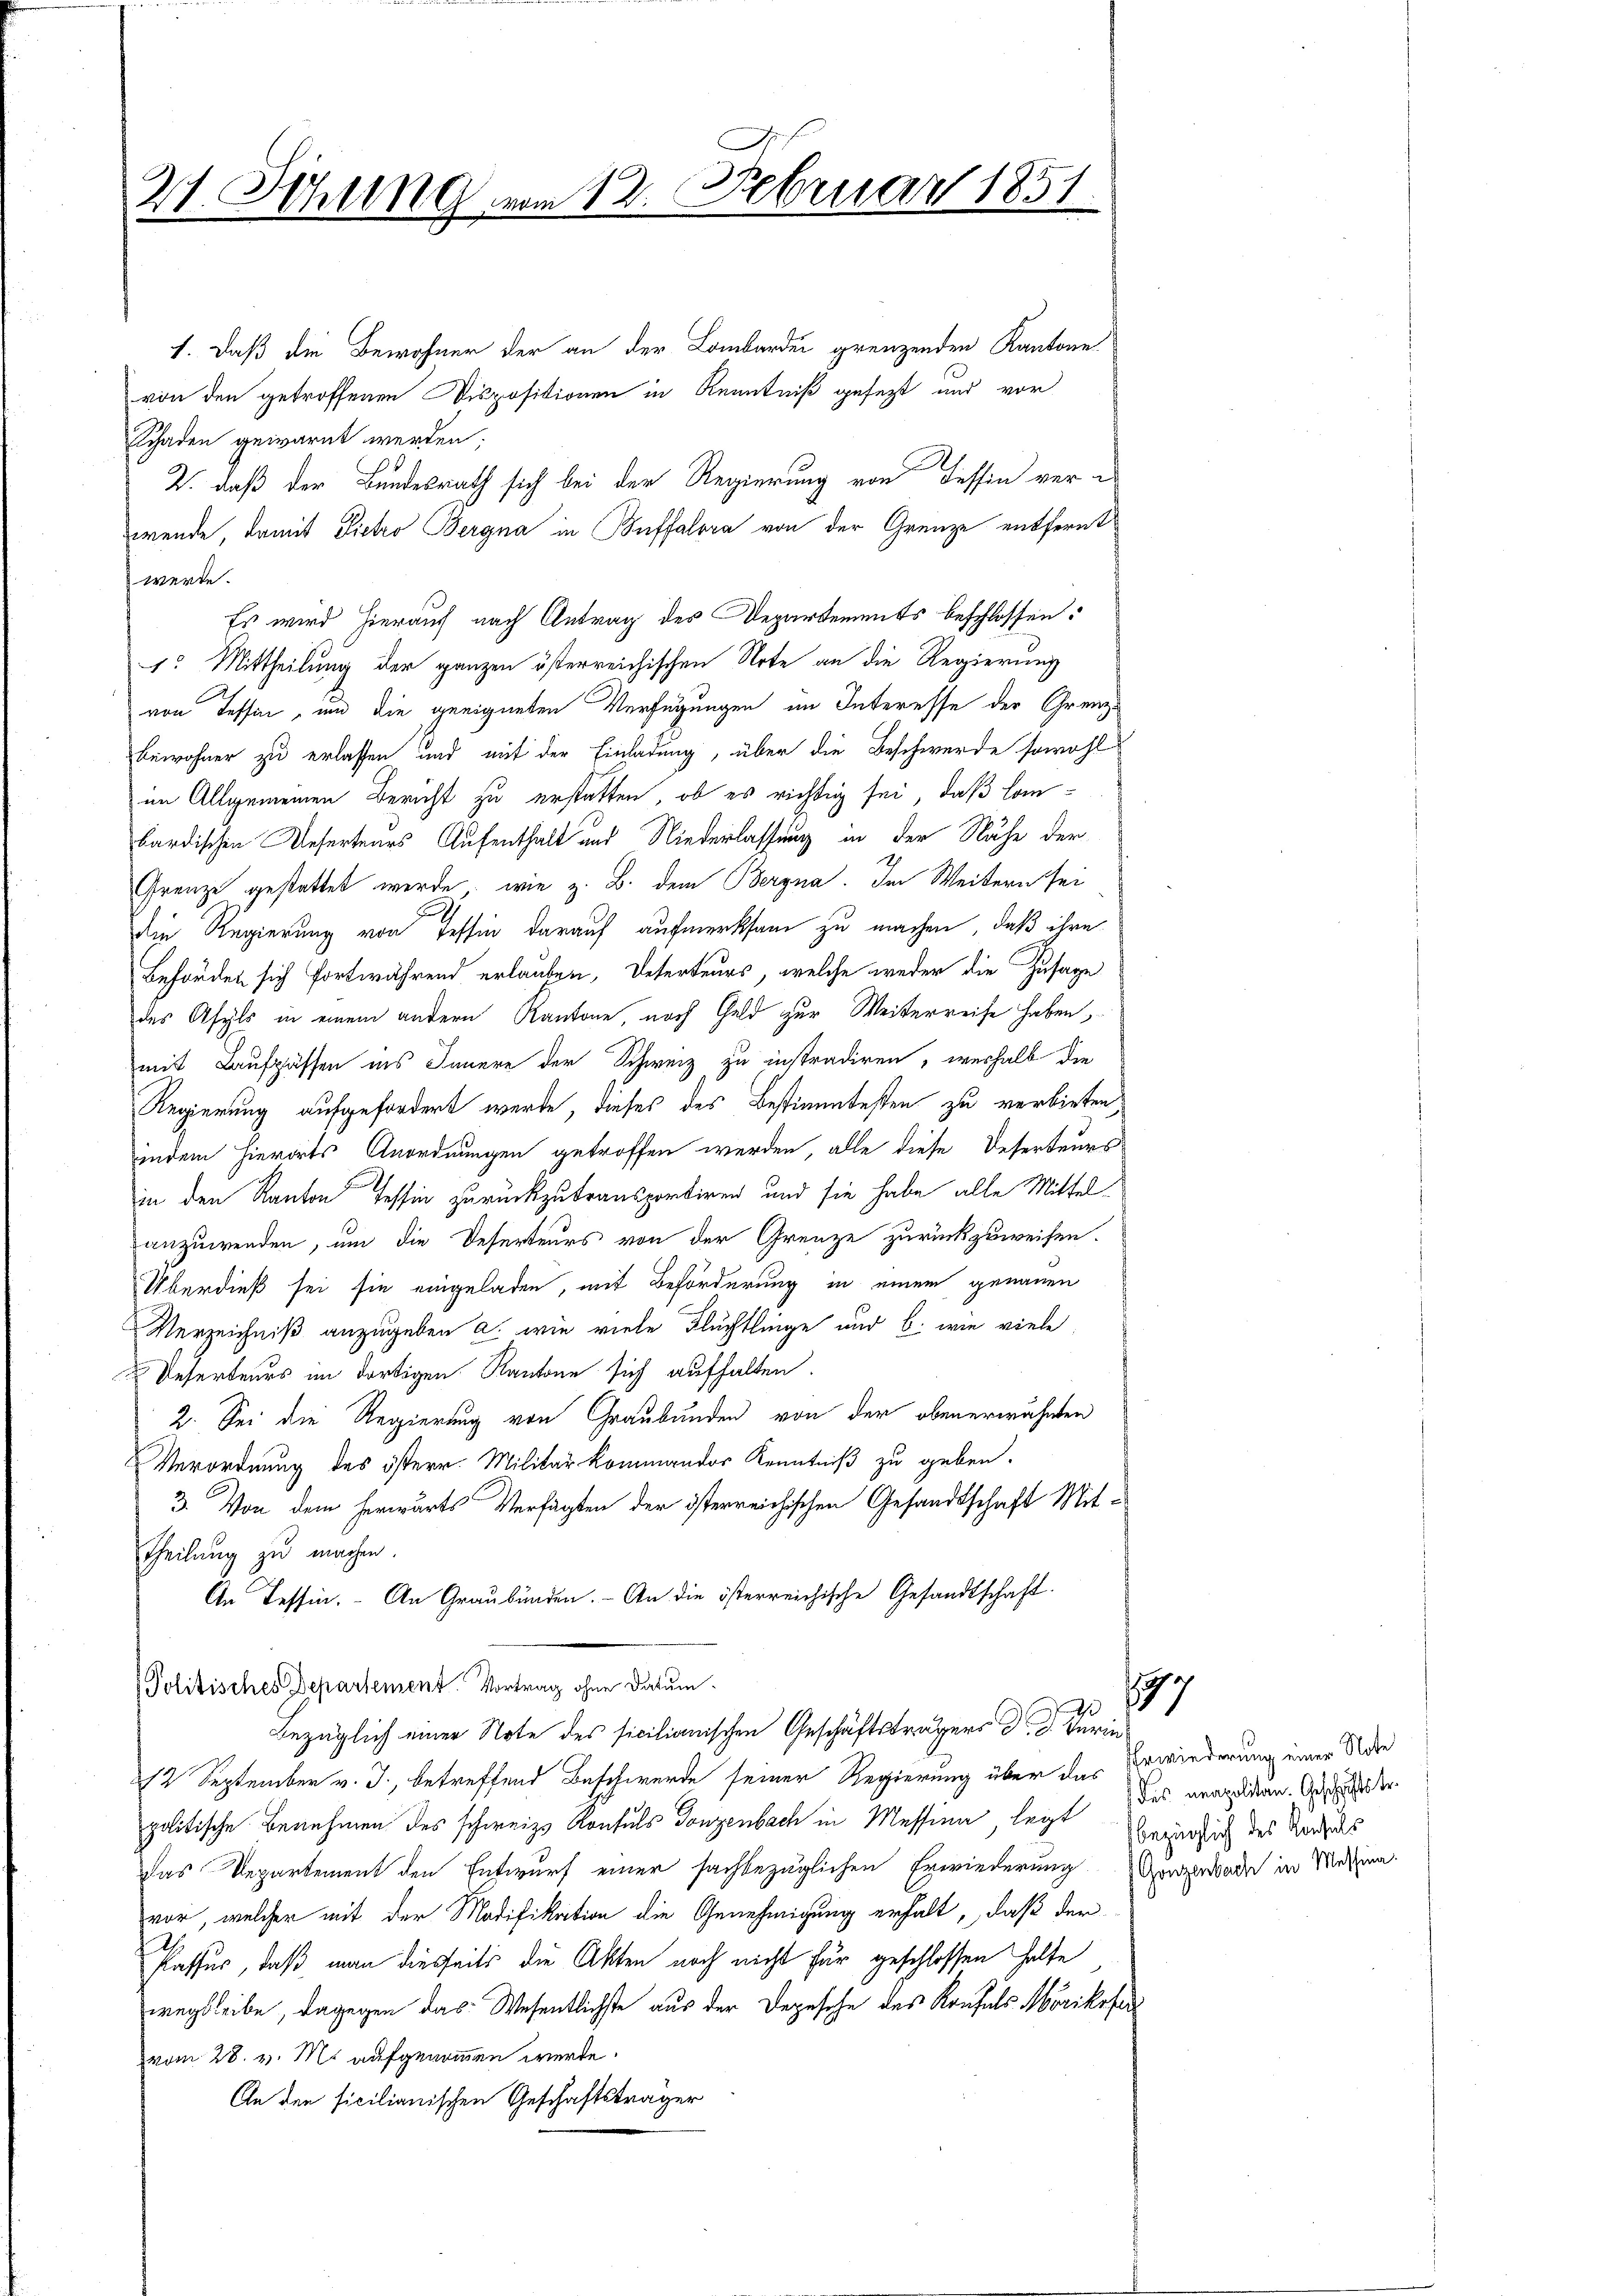
¬
27. Schling vom 12. Februar 1851.

1. Daß die Bewohner der an der Lombarden grenzenden Kantone
von den getroffenen Dispositionen in Kenntniß gefest und vor
Schaden gewarnt werden;
2. daß der Bundesrath sich bei der Regierung von Tessin vor e
wende, damit Pietro Bergna in Auffalora von der Grenze entfernt
werde.
Es wird hierauf nach Antrag des Departements beschlossen:
1. Mittheilung der ganzen österreichischen Note an die Regierung
von Tessin, und die geeigneten Verfügungen im Interesse der Grenzbewohner zu erlassen und mit der Einladung, über die Beschwerde sowohl
im Allgemeinen Bericht zu erstatten, ob es richtig sei, daß lanbardischen Reserteurs Aufenthalt und Niederlassung in der Nähe der
Grenze gestattet werde, wie z. B. dem Bergna. Im Weitern sei
Die Regierung von Tessin darauf aufmerksam zu machen, daß ihre
Behörden sich fortwährend erlauben, Deterteurs, welche weder die Zusage
des Asyls in einem andern Kantone, nach Geld zur Weiterreise haben,
mit Laufpässen ins Innere der Schweiz zu instradiren, weshalb die
Regierung aufgefordert werde, dieses des Bestimmtesten zu verbieten,
indem hierorts Anordnungen getroffen werden, alle diese Deserteurs
in den Kanton Tessin zurückzutransportiren, und sie habe alle Mittelanzuwenden, um die Reserteurs von der Grenze zurückzuweisen.
Überdieß sei sie eingeladen, mit Beförderung in einem genauen
Verzeichniß anzugeben a. wie viele Flüchtlinge und b. wie viele
Deserteurs im dortigen Kantone sich aufhalten.
2. Sei die Regierung von Graubünden von der obenerwähnten
Verordnung des österr. Militärkommendor Kenntniß zu geben.
3. Von dem herwärts Verfügten der österreichischen Gesandtschaft Mit-
Theilung zu machen.
An Tessin. An Graubünden. - An die österreichische Gesandtschaft.
Politisches Departement Vortrag ohne Datumbezüglich einer Note des ficilianischen Geschäftsträgers Dr. d. Ferie
12 September v. J., betreffend Beschwerde seiner Regierung über das Erwiederung einer Note
politische Benehmen des schweiz. Konsuls Gonzenbach in Messinn legt des vergliden. Ansieder
Das Departement den Entwurf einer sachbezüglichen Erwiederung Gugerade in Messen.
vor, welcher mit der Modifikation die Genehmigung erhalt, daß der
Passus, daß man diesseits die Akten noch nicht für geschlossen halte
wegbleibe, dagegen das Wesentlichste aus der Depesche des Konfels Mörikofer
vom 28. v. M. aufgenommen werde.
An den ficilianischen Geschäftsträger

197

bezüglich des Konsuls